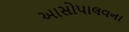
આસોપાલવના